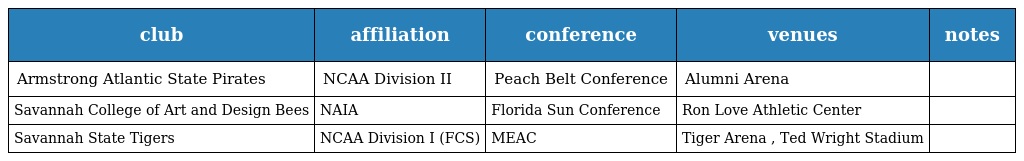
| club | affiliation | conference | venues | notes |
 | --- | --- | --- | --- | --- |
 | Armstrong Atlantic State Pirates | NCAA Division II | Peach Belt Conference | Alumni Arena |  |
 | Savannah College of Art and Design Bees | NAIA | Florida Sun Conference | Ron Love Athletic Center |  |
 | Savannah State Tigers | NCAA Division I (FCS) | MEAC | Tiger Arena , Ted Wright Stadium |  |